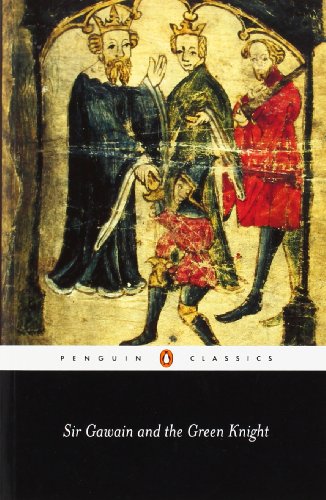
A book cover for Sir Gawain and the Green Knight (Penguin Classics); Anonymous; Literature & Fiction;